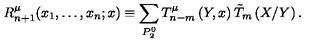
R _ { n + 1 } ^ { \mu } ( x _ { 1 } , \ldots , x _ { n } ; x ) \equiv \sum _ { P _ { 2 } ^ { 0 } } T _ { n - m } ^ { \mu } \left( Y , x \right) \tilde { T } _ { m } \left( X / Y \right) .